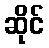
ဆိုင်